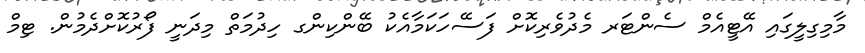
މާމިގިލީގައި އޭޓީއެމް ސެންޓަރ މެދުވެރިކޮށް ފަސޭހަކަމާއެކު ބޭންކިންގ ހިދުމަތް މިދަނީ ފޯރުކޮށްދެމުން. ޓިމް